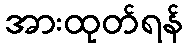
အားထုတ်ရန်